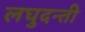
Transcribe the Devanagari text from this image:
लघुदन्ती